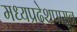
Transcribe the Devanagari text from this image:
मध्यप्रदेशपासून